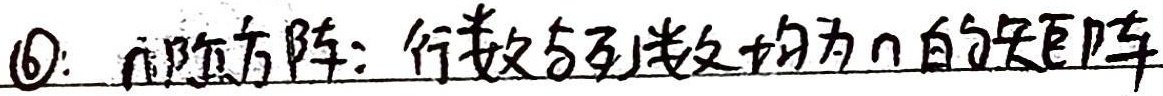
\textcircled{6}：\(n\)阶方阵：行数与列数均为\(n\)的矩阵